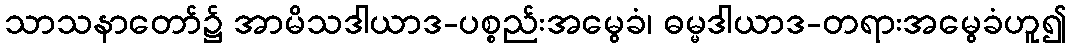
သာသနာတော်၌ အာမိသဒါယာဒ-ပစ္စည်းအမွေခံ၊ ဓမ္မဒါယာဒ-တရားအမွေခံဟူ၍